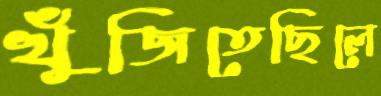
খুঁজিতেছিলে